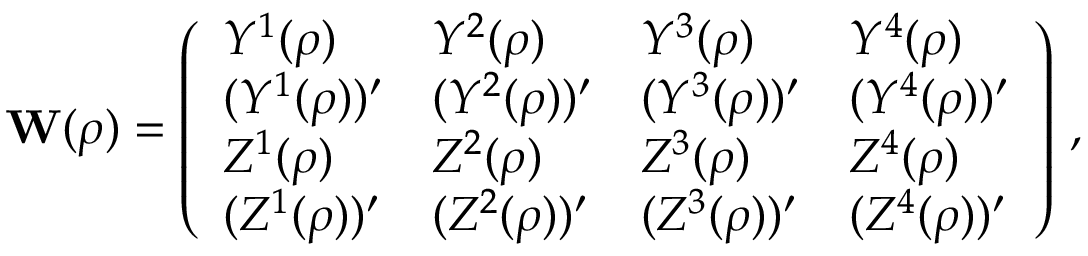
{ \bf W } ( \rho ) = \left( \begin{array} { l l l l } { Y ^ { 1 } ( \rho ) } & { Y ^ { 2 } ( \rho ) } & { Y ^ { 3 } ( \rho ) } & { Y ^ { 4 } ( \rho ) } \\ { ( Y ^ { 1 } ( \rho ) ) ^ { \prime } } & { ( Y ^ { 2 } ( \rho ) ) ^ { \prime } } & { ( Y ^ { 3 } ( \rho ) ) ^ { \prime } } & { ( Y ^ { 4 } ( \rho ) ) ^ { \prime } } \\ { Z ^ { 1 } ( \rho ) } & { Z ^ { 2 } ( \rho ) } & { Z ^ { 3 } ( \rho ) } & { Z ^ { 4 } ( \rho ) } \\ { ( Z ^ { 1 } ( \rho ) ) ^ { \prime } } & { ( Z ^ { 2 } ( \rho ) ) ^ { \prime } } & { ( Z ^ { 3 } ( \rho ) ) ^ { \prime } } & { ( Z ^ { 4 } ( \rho ) ) ^ { \prime } } \end{array} \right) \, ,